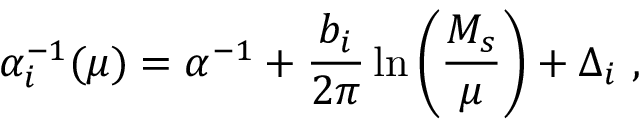
\alpha _ { i } ^ { - 1 } ( \mu ) = \alpha ^ { - 1 } + { \frac { b _ { i } } { 2 \pi } } \ln \left( { \frac { M _ { s } } { \mu } } \right) + \Delta _ { i } ~ ,